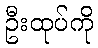
ဦးထုပ်ကို